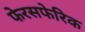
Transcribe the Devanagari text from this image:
फेरसफेरिक